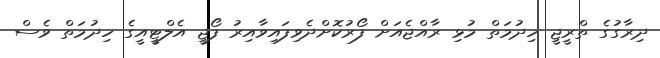
ދިރާގުގެ ތްރީޖީ ހިދުމަތް މުޅި ރާއްޖެއަށް ފޯރުކޮށްދެވިފައިވާއިރު ފޯޖީ އެލްޓީއީގެ ހިދުމަތް ވެސް